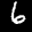
Label: 6